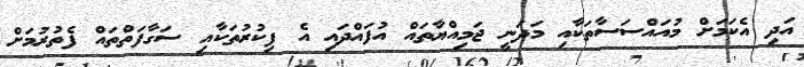
އަދި އެކަމަށް މުއައްސަސާތަކާއި މަދަނީ ޖަމިއްޔާތައް އުފައްދައި އެ ފިކުރުތަކާއި ސަގާފަތްތައް ފެތުރުމަށް